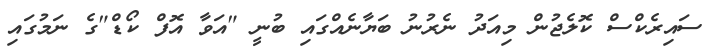
ސައިރެކްސް ކޮލެޖުން މިއަދު ނެރުނު ބަޔާނެއްގައި ބުނީ "އަވާ އޮފް ކޯޑް"ގެ ނަމުގައި